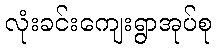
လုံးခင်းကျေးရွာအုပ်စု